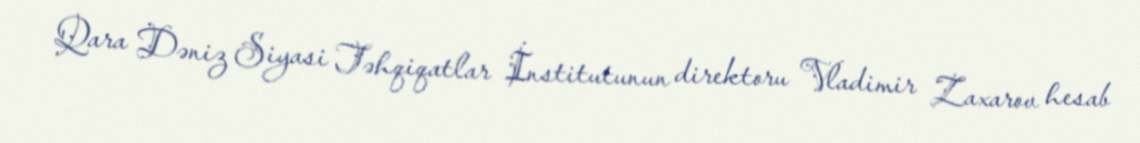
Qara Dəniz Siyasi Təhqiqatlar İnstitutunun direktoru Vladimir Zaxarov hesab